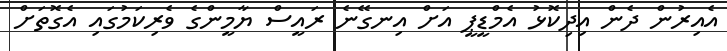
އެއިރުން ދެން އިދިކޮޅު އެމްޑީޕީ އަށް އިނގޭނެ ރައީސް ޔާމީންގެ ވެރިކަމުގައި އެގޮތަށް